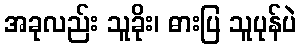
အခုလည်း သူခိုး၊ ဓားပြ သူပုန်ပဲ